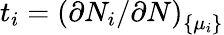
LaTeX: t_{i}=\left(\partial N_{i}/\partial N\right)_{\{ \mu_{i}\} }